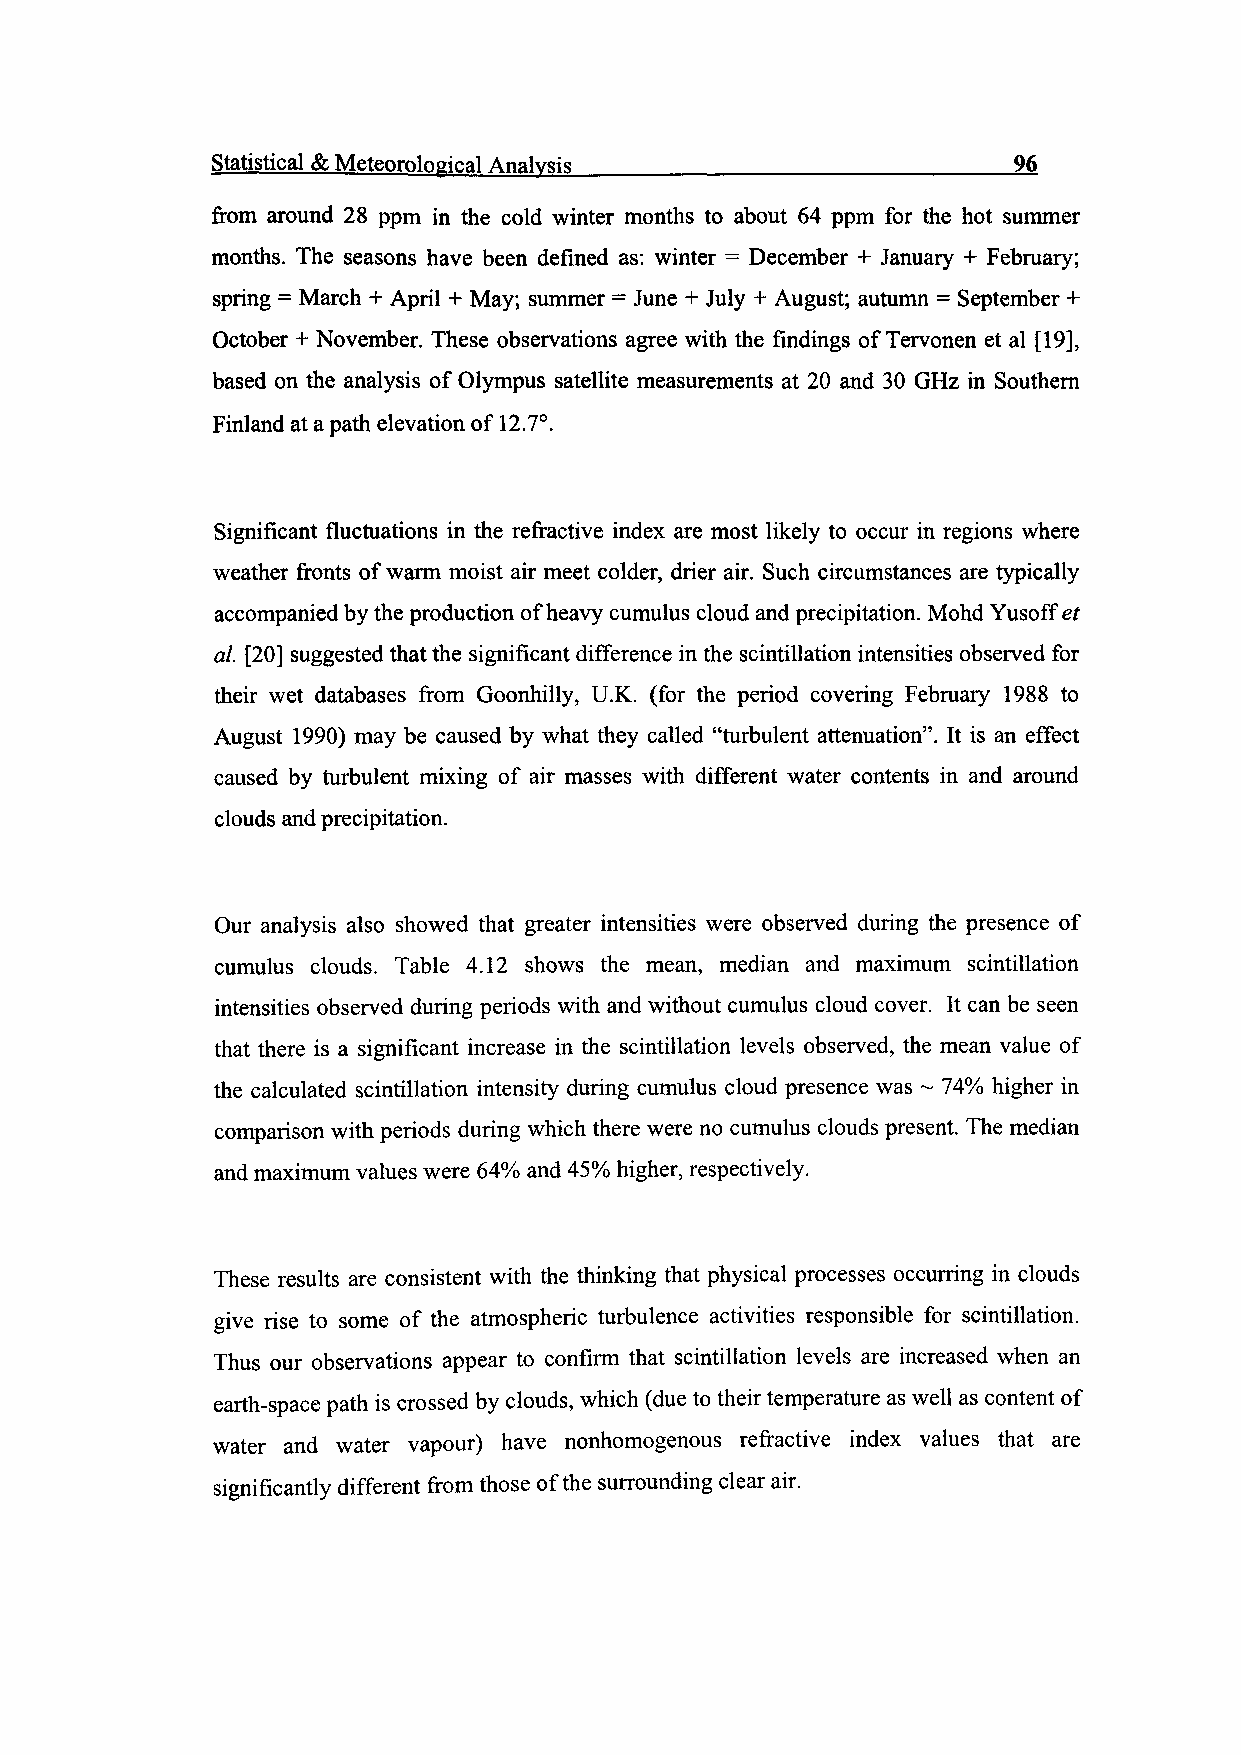
Statistical & Meteorological Analysis__________________________96
 from around 28 ppm in the cold winter months to about 64 ppm for the hot summer
 months. The seasons have been defined as: winter = December + January + February;
 spring = March + April + May; summer = June + July + August; autumn = September +
 October + November. These observations agree with the findings of Tervonen et al [19],
 based on the analysis of Olympus satellite measurements at 20 and 30 GHz in Southern
 Finland at a path elevation of 12.7°.
 Significant fluctuations in the refractive index are most likely to occur in regions where
 weather fronts of warm moist air meet colder, drier air. Such circumstances are typically
 accompanied by the production of heavy cumulus cloud and precipitation. Mohd Yusoff et
 al. [20] suggested that the significant difference in the scintillation intensities observed for
 their wet databases from Goonhilly, U.K. (for the period covering February 1988 to
 August 1990) may be caused by what they called "turbulent attenuation". It is an effect
 caused by turbulent mixing of air masses with different water contents in and around
 clouds and precipitation.
 Our analysis also showed that greater intensities were observed during the presence of
 cumulus clouds. Table 4.12 shows the mean, median and maximum scintillation
 intensities observed during periods with and without cumulus cloud cover. It can be seen
 that there is a significant increase in the scintillation levels observed, the mean value of
 the calculated scintillation intensity during cumulus cloud presence was ~ 74% higher in
 comparison with periods during which there were no cumulus clouds present. The median
 and maximum values were 64% and 45% higher, respectively.
 These results are consistent with the thinking that physical processes occurring in clouds
 give rise to some of the atmospheric turbulence activities responsible for scintillation.
 Thus our observations appear to confirm that scintillation levels are increased when an
 earth-space path is crossed by clouds, which (due to their temperature as well as content of
 water and water vapour) have nonhomogenous refractive index values that are
 significantly different from those of the surrounding clear air.